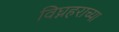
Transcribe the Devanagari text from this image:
विघ्नहराच्या